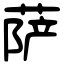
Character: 萨